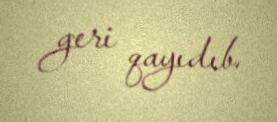
geri qayıdıb.